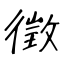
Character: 徵